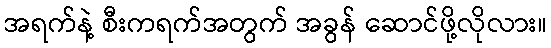
အရက်နဲ့ စီးကရက်အတွက် အခွန် ဆောင်ဖို့လိုလား။